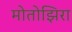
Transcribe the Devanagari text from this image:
मोतोझिरा